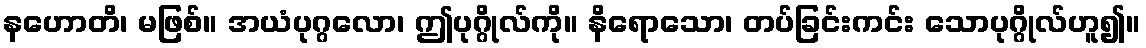
နဟောတိ၊ မဖြစ်။ အယံပုဂ္ဂလော၊ ဤပုဂ္ဂိုလ်ကို။ နိရောသော၊ တပ်ခြင်းကင်း သောပုဂ္ဂိုလ်ဟူ၍။